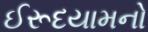
ઈરૂદયામનો